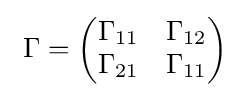
\ \Gamma ={\begin{pmatrix}\Gamma _{11}&\Gamma _{12}\\\Gamma _{21}&\Gamma _{11}\\\end{pmatrix}}\